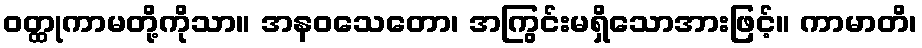
ဝတ္ထုကာမတို့ကိုသာ။ အနဝသေတော၊ အကြွင်းမရှိသောအားဖြင့်။ ကာမာတိ၊